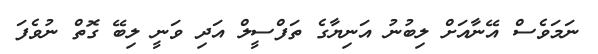
ނަމަވެސް އޭނާއަށް ލިބުނު އަނިޔާގެ ތަފްސީލް އަދި ވަނީ ލިބޭ ގޮތް ނުވެފަ